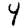
Digit: 4